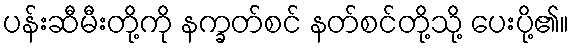
ပန်းဆီမီးတို့ကို နက္ခတ်စင် နတ်စင်တို့သို့ ပေးပို့၏။